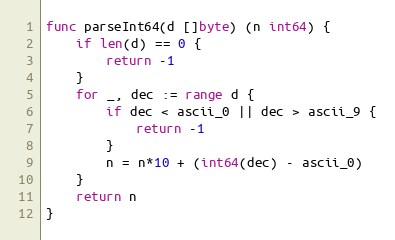
Language: Go
func parseInt64(d []byte) (n int64) {
	if len(d) == 0 {
		return -1
	}
	for _, dec := range d {
		if dec < ascii_0 || dec > ascii_9 {
			return -1
		}
		n = n*10 + (int64(dec) - ascii_0)
	}
	return n
}